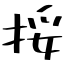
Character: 挼